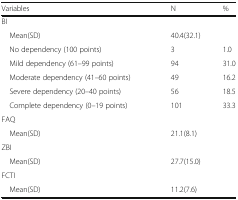
<table><thead><tr><td><b>Variables</b></td><td><b>N</b></td><td><b>%</b></td></tr></thead><tbody><tr><td colspan="3">BI</td></tr><tr><td> Mean(SD)</td><td colspan="2">40.4(32.1)</td></tr><tr><td> No dependency (100 points)</td><td>3</td><td>1.0</td></tr><tr><td> Mild dependency (61–99 points)</td><td>94</td><td>31.0</td></tr><tr><td> Moderate dependency (41–60 points)</td><td>49</td><td>16.2</td></tr><tr><td> Severe dependency (20–40 points)</td><td>56</td><td>18.5</td></tr><tr><td> Complete dependency (0–19 points)</td><td>101</td><td>33.3</td></tr><tr><td colspan="3">FAQ</td></tr><tr><td> Mean(SD)</td><td colspan="2">21.1(8.1)</td></tr><tr><td colspan="3">ZBI</td></tr><tr><td> Mean(SD)</td><td colspan="2">27.7(15.0)</td></tr><tr><td colspan="3">FCTI</td></tr><tr><td> Mean(SD)</td><td colspan="2">11.2(7.6)</td></tr></tbody></table>